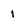
Character: 1